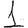
Digit: 1